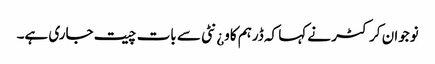
نوجوان کرکٹر نے کہا کہ ڈرہم کاو¿نٹی سے بات چیت جاری ہے۔